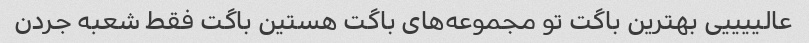
عالییییی بهترین باگت تو مجموعه‌های باگت هستین باگت فقط شعبه جردن